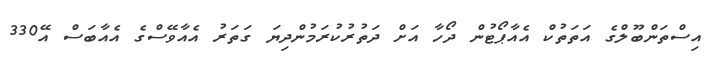
އިސްތަންބޫލްގެ އަތަތުކް އެއާޕޯޓުން ދޯހާ އަށް ދަތުރުކުރަމުންދިޔަ ގަތަރު އެއާވޭސްގެ އެއާބަސް އޭ330